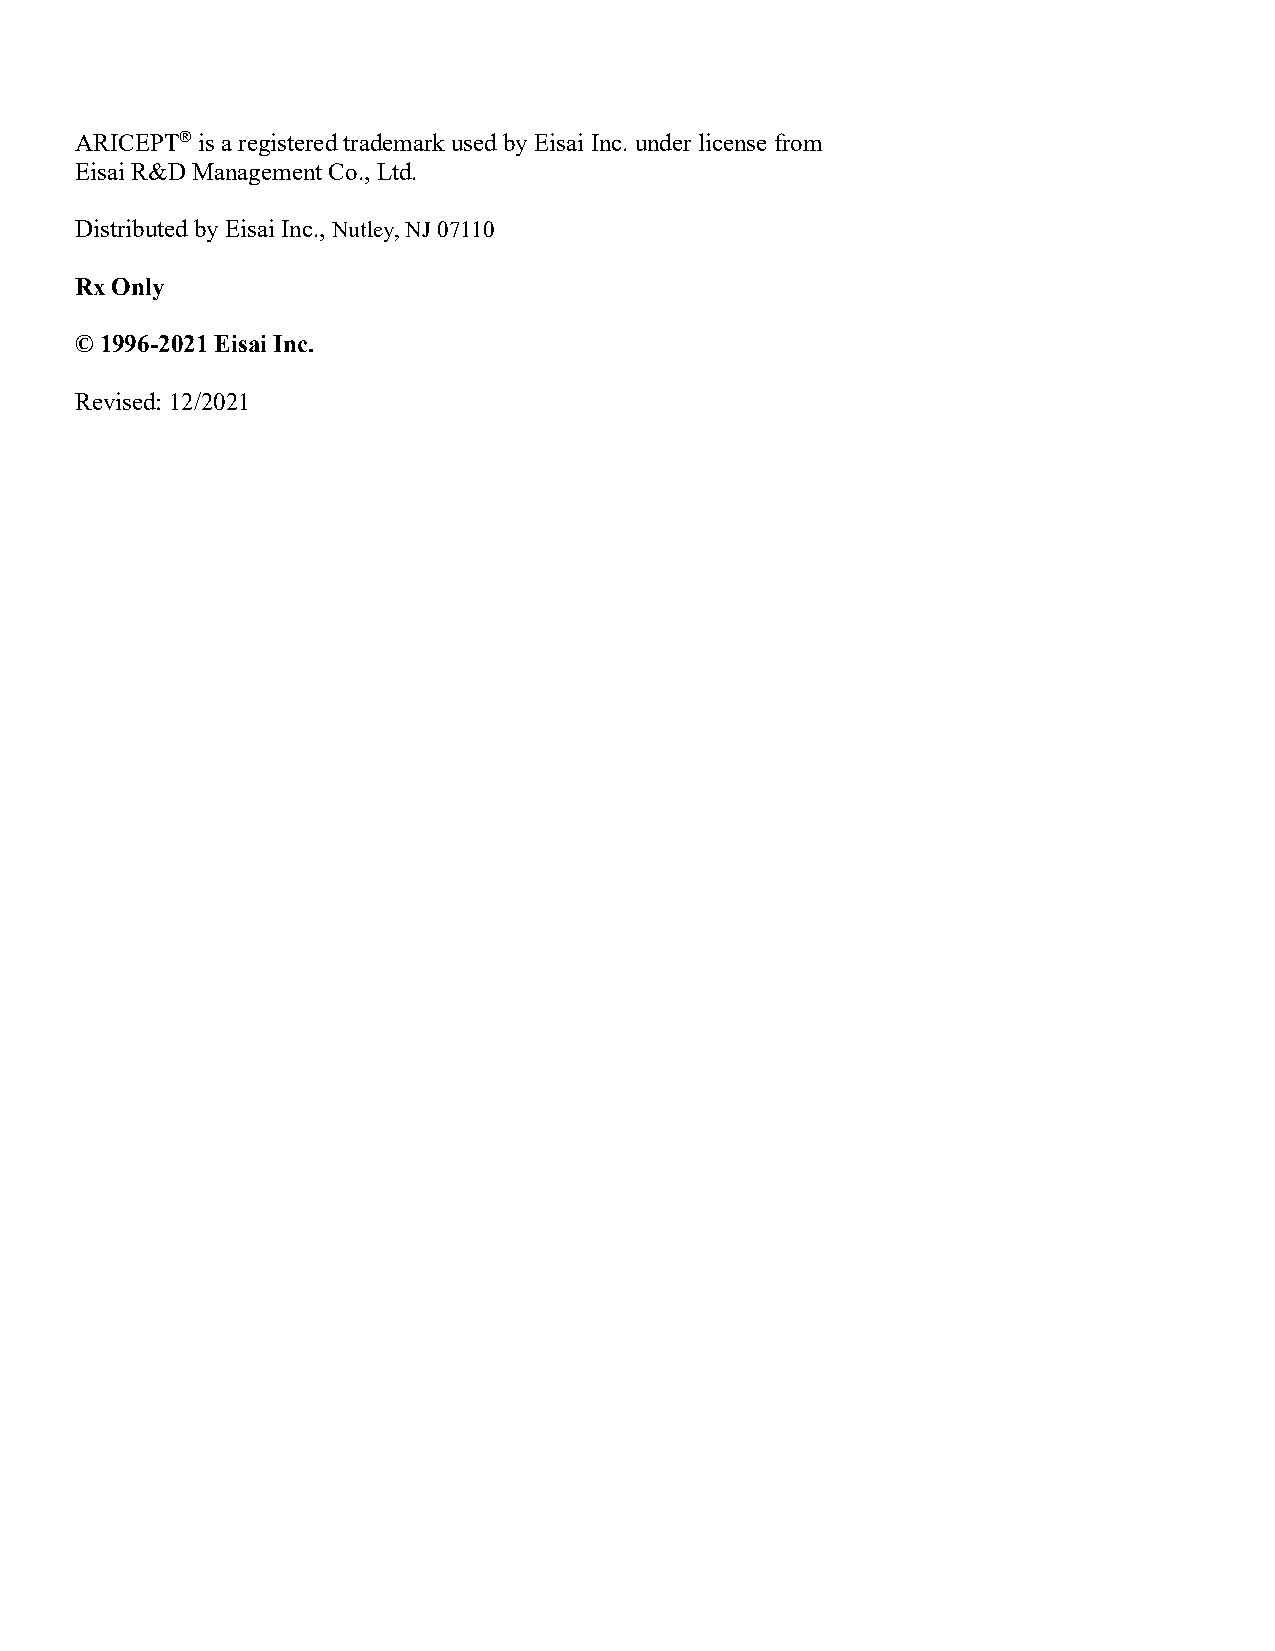
ARICEPT® is a registered trademark used by Eisai Inc. under license from
 Eisai R&D Management Co., Ltd.
 Distributed by Eisai Inc., Nutley, NJ 07110
 Rx Only
 © 1996-2021 Eisai Inc.
 Revised: 12/2021